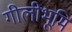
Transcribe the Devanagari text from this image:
गीलीभूमि